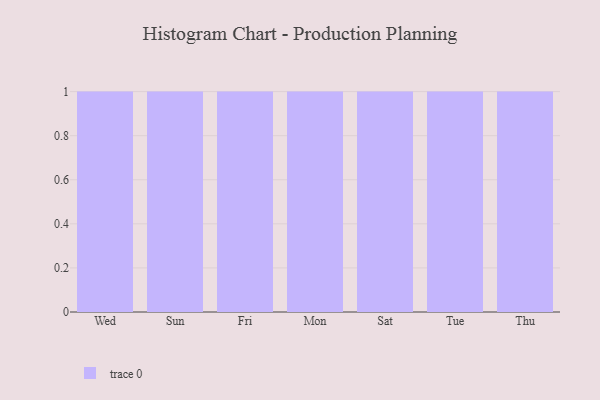
{"axis": {"x": "Day", "y": "Net Income (USD K)"}, "legend": [""], "data": [{"x": "Wed", "y": 63, "type": ""}, {"x": "Sun", "y": 97, "type": ""}, {"x": "Fri", "y": 11, "type": ""}, {"x": "Mon", "y": 30, "type": ""}, {"x": "Sat", "y": 77, "type": ""}, {"x": "Tue", "y": 14, "type": ""}, {"x": "Thu", "y": 22, "type": ""}]}